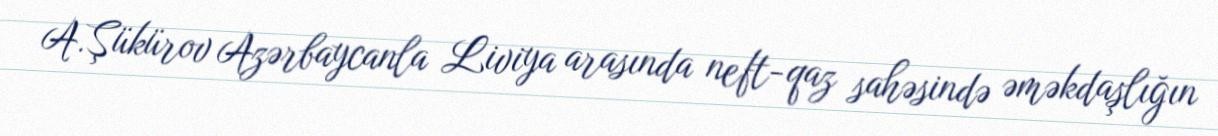
A.Şükürov Azərbaycanla Liviya arasında neft-qaz sahəsində əməkdaşlığın